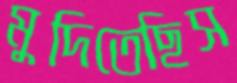
মুদিতেছিস